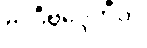
ဗလီဗဒ္ဒေဟီတိ